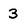
Character: 3